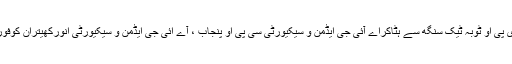
عمرفاروق کو ڈی پی او ٹوبہ ٹیک سنگھ، وقارشعیب کوڈی پی او ٹوبہ ٹیک سنگھ سے ہٹاکراے آئی جی ایڈمن و سیکیورٹی سی پی او پنجاب ، آے ائی جی ایڈمن و سیکیورٹی انورکھیتران کوفوری طورپر سی پی او رپورٹ کرنے کا حکم جاری کردیا۔